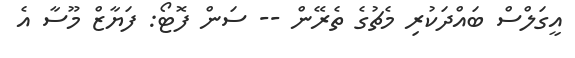
އީގަލްސް ބައްދަކުރި މެޗުގެ ތެރޭން -- ސަން ފޮޓޯ: ފަޔާޒް މޫސާ އެ